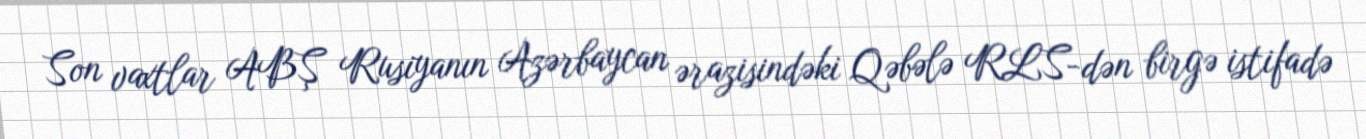
Son vaxtlar ABŞ Rusiyanın Azərbaycan ərazisindəki Qəbələ RLS-dən birgə istifadə